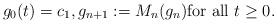
LaTeX: \begin{align*}g_0(t)=c_1, g_{n+1}:=M_n(g_n)\mbox{for all } t\ge 0.\end{align*}